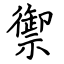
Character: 禦